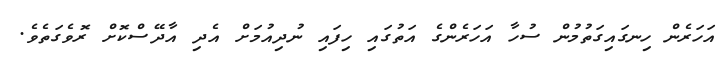
އަހަރެން ހިނގައިގަތުމުން ސުހާ އަހަރެންގެ އަތުގައި ހިފައި ނުދިއުމަށް އެދި އާދޭސްކޮށް ރޮވެގަތެވެ.